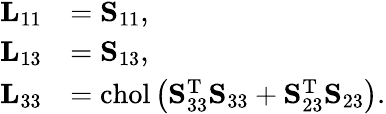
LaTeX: {\begin{array}{rl}{\mathbf{L}_{11}}&{=\mathbf{S}_{11},}\\ {\mathbf{L}_{13}}&{=\mathbf{S}_{13},}\\ {\mathbf{L}_{33}}&{=\mathrm{chol}\left(\mathbf{S}_{33}^{\mathrm{T}}\mathbf{S}_{33}+\mathbf{S}_{23}^{\mathrm{T}}\mathbf{S}_{23}\right).}\end{array}}